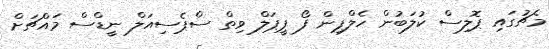
މެޗުގައި ޕޮލިސް ކުލަބުން ހެލްޕިން ފޯ ޕީޕަލް ވިތް ސްޕެސިއަލް ނީޑްސް މައްޗަށް